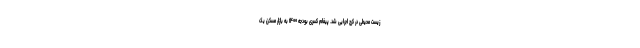
زیست محیطی در کرج اجرایی شد. پیغام کسری بودجه ۱۴۰۰ به بازار مسکن یک